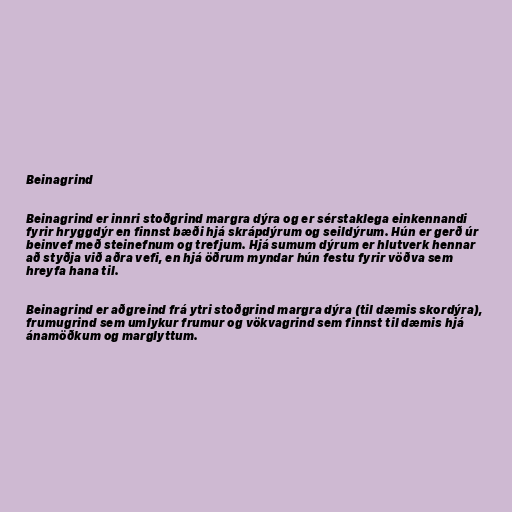
Beinagrind

Beinagrind er innri stoðgrind margra dýra og er sérstaklega einkennandi
fyrir hryggdýr en finnst bæði hjá skrápdýrum og seildýrum. Hún er gerð úr
beinvef með steinefnum og trefjum. Hjá sumum dýrum er hlutverk hennar
að styðja við aðra vefi, en hjá öðrum myndar hún festu fyrir vöðva sem
hreyfa hana til.

Beinagrind er aðgreind frá ytri stoðgrind margra dýra (til dæmis skordýra),
frumugrind sem umlykur frumur og vökvagrind sem finnst til dæmis hjá
ánamöðkum og marglyttum.